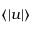
\langle | { \boldsymbol u } | \rangle